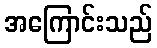
အကြောင်းသည်